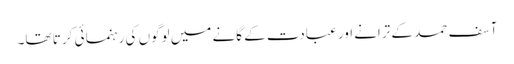
آسف حمد کے ترانے اور عبادت کے گانے میں لوگوں کی رہنما ئی کر تا تھا۔